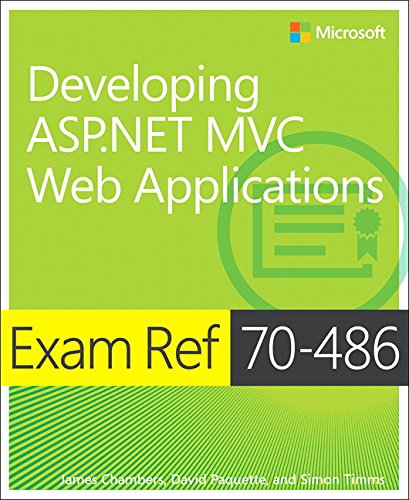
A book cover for Exam Ref 70-486 Developing ASP.NET MVC Web Applications (2nd Edition); James Chambers; Computers & Technology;